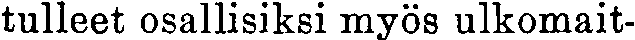
tulleet osallisiksi myös ulkomait-